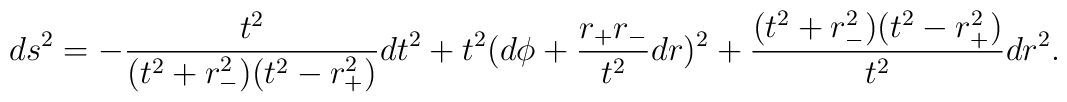
ds^2 = -\frac{t^2}{(t^2 + r_-^2)(t^2-r_+^2)}dt^2 +t^2 (d\phi +\frac{r_+ r_-}{t^2} dr)^2 +\frac{(t^2 + r_-^2)(t^2-r_+^2)}{t^2} dr^2 .